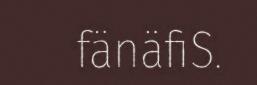
fänäfiS.